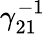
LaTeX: \gamma_{21}^{-1}